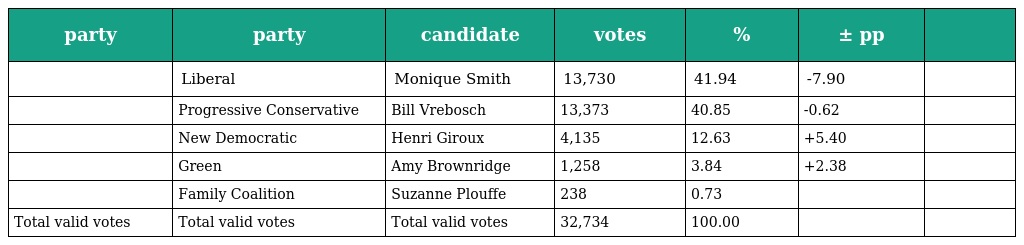
| party | party | candidate | votes | % | ± pp |  |
 | --- | --- | --- | --- | --- | --- | --- |
 |  | Liberal | Monique Smith | 13,730 | 41.94 | -7.90 |  |
 |  | Progressive Conservative | Bill Vrebosch | 13,373 | 40.85 | -0.62 |  |
 |  | New Democratic | Henri Giroux | 4,135 | 12.63 | +5.40 |  |
 |  | Green | Amy Brownridge | 1,258 | 3.84 | +2.38 |  |
 |  | Family Coalition | Suzanne Plouffe | 238 | 0.73 |  |  |
 | Total valid votes | Total valid votes | Total valid votes | 32,734 | 100.00 |  |  |